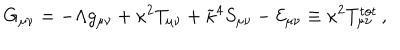
G _ { \mu \nu } = - \Lambda g _ { \mu \nu } + \kappa ^ { 2 } T _ { \mu \nu } + \widetilde { \kappa } ^ { 4 } S _ { \mu \nu } - { \cal E } _ { \mu \nu } \equiv \kappa ^ { 2 } T _ { \mu \nu } ^ { \mathrm { t o t } } \, ,